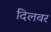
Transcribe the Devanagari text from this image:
दिलवर